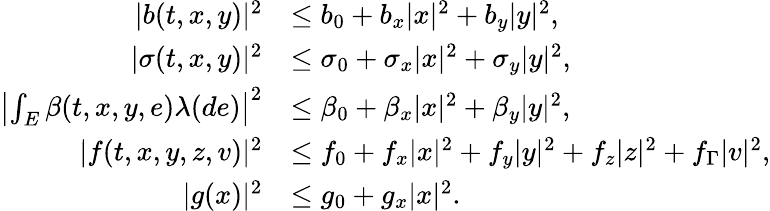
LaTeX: \begin{array}{r}{\begin{array}{rl}{|b(t,x,y)|^{2}}&{\leq b_{0}+b_{x}|x|^{2}+b_{y}|y|^{2},}\\ {|\sigma(t,x,y)|^{2}}&{\leq\sigma_{0}+\sigma_{x}|x|^{2}+\sigma_{y}|y|^{2},}\\ {\left|\int_{E}\beta(t,x,y,e)\lambda(de)\right|^{2}}&{\leq\beta_{0}+\beta_{x}|x|^{2}+\beta_{y}|y|^{2},}\\ {|f(t,x,y,z,v)|^{2}}&{\leq f_{0}+f_{x}|x|^{2}+f_{y}|y|^{2}+f_{z}|z|^{2}+f_{\Gamma}|v|^{2},}\\ {|g(x)|^{2}}&{\leq g_{0}+g_{x}|x|^{2}.}\end{array}}\end{array}